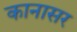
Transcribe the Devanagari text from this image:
कानासर